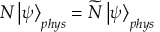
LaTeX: N \left| \psi \right\rangle _ { p h y s } = \widetilde { N } \left| \psi \right\rangle _ { p h y s }